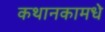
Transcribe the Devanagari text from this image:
कथानकामधे